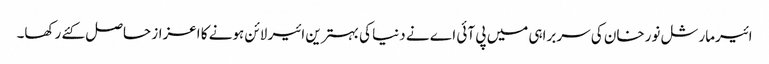
ائیرمارشل نورخان کی سربراہی میں پی آئی اے نے دنیا کی بہترین ائیر لائن ہونے کا اعزاز حاصل کئے رکھا۔